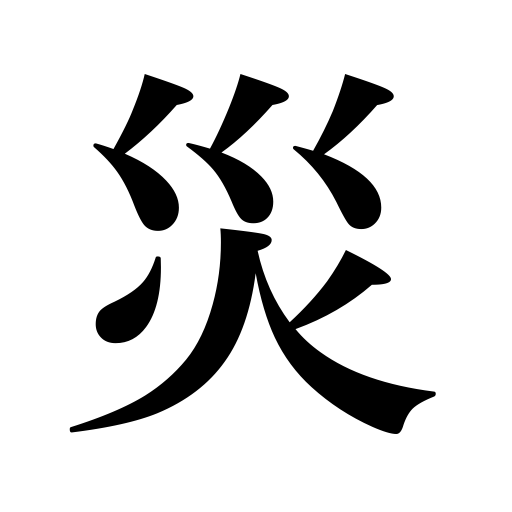
Meanings: misfortune,calamity,woe,evil,curse